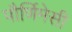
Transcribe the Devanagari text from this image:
पौर्णिमेसी